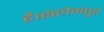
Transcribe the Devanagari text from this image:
है।सलेमपुर